Reports on military cantonments and civil stations in the Presidency of Bombay inspected by the Sanitary Commissioner in the years 1875 and 1876
Year: 1875
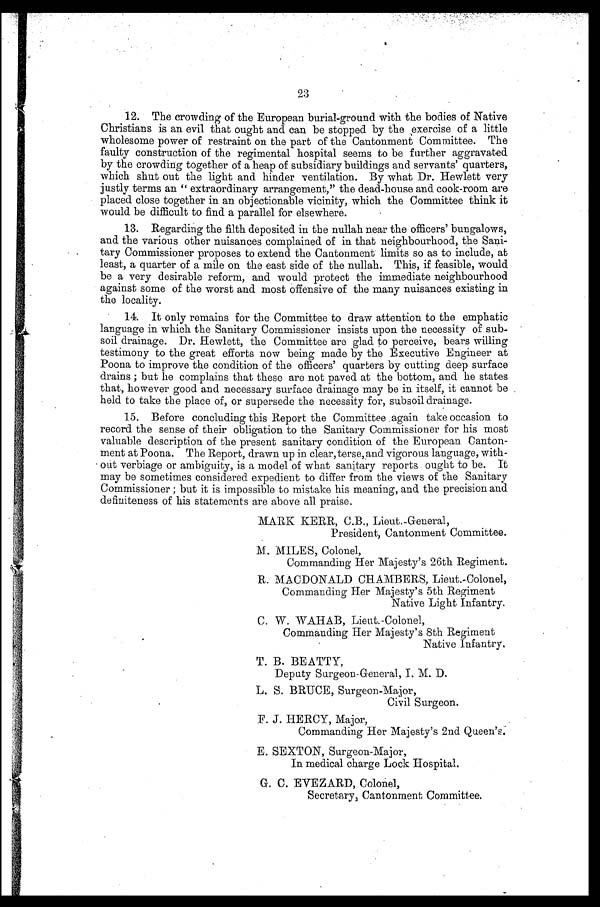
23
12. The crowding of the European burial-ground with the bodies of Native
Christians is an evil that ought and can be stopped by the exercise of a little
wholesome power of restraint on the part of the Cantonment Committee. The
faulty construction of the regimental hospital seems to be further aggravated
by the crowding together of a heap of subsidiary buildings and servants' quarters,
which shut out the light and hinder ventilation. By what Dr. Hewlett very
justly terms an "extraordinary arrangement," the dead-house and cook-room are
placed close together in an objectionable vicinity, which the Committee think it
would be difficult to find a parallel for elsewhere.
13. Regarding the filth deposited in the nullah near the officers' bungalows,
and the various other nuisances complained of in that neighbourhood, the Sani-
tary Commissioner proposes to extend the Cantonment limits so as to include, at
least, a quarter of a mile on the east side of the nullah. This, if feasible, would
be a very desirable reform, and would protect the immediate neighbourhood
against some of the worst and most Offensive of the many nuisances existing in
the locality.
14. It only remains for the Committee to draw attention to the emphatic
language in which the Sanitary Commissioner insists upon the necessity of sub-
soil drainage. Dr. Hewlett, the Committee are glad to perceive, bears willing
testimony to the great efforts now being made by the Executive Engineer at
Poona to improve the condition of the officers' quarters by cutting deep surface
drains; but he complains that these are not paved at the bottom, and he states
that, however good and necessary surface drainage may be in itself, it cannot be
held to take the place of, or supersede the necessity for, subsoil drainage.
15. Before concluding this Report the Committee . again take occasion to
record the sense of their obligation to the Sanitary Commissioner for his most
valuable description of the present sanitary condition of the European Canton-
ment at Poona. The Report, drawn up in clear, terse, and vigorous language, with
-out verbiage or ambiguity, is a model of what sanitary reports ought to be. It
may be sometimes considered expedient to differ from the views of the Sanitary
Commissioner; but it is impossible to mistake his meaning, and the precision and
definiteness of his statements are above all praise.
MARK KERR, C.B., Lieut.-General,
President, Cantonment Committee.
M. MILES, Colonel,
Commanding Her Majesty's 26th Regiment.
R. MACDONALD CHAMBERS, Lieut.-Colonel,
Commanding Her Majesty's 5th Regiment
Native Light Infantry.
C. W. WAHAB, Lieut.-Colonel,
Commanding Her Majesty's 8th Regiment
Native Infantry.
T. B. BEATTY,
Deputy Surgeon-General, I. M. D.
L. S. BRUCE, Surgeon-Major,
Civil Surgeon.
F. J. HERCY, Major,
Commanding Her Majesty's 2nd Queen's.
E. SEXTON, Surgeon-Major,
In medical charge Lock Hospital.
G. C. EVEZARD, Colonel,
Secretary, Cantonment Committee.